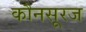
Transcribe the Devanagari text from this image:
कौनसूरज